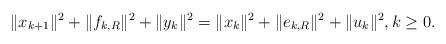
LaTeX: \begin{align*}\|x_{k+1}\|^2+\|f_{k,R}\|^2+\|y_k\|^2=\|x_k\|^2+\|e_{k,R}\|^2 +\|u_k\|^2,k\geq 0.\end{align*}